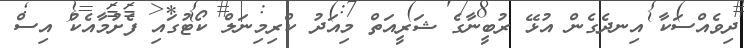
ދިވެއްސަކާ އިނދެގެން އުޅޭ ރުބީނާގެ ޝަރީއަތް މިއަދު ކްރިމިނަލް ކޯޓުގައި ފެށުމާއެކު އިސް